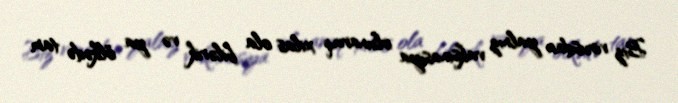
Biz virusdan yalnız vaksinasiya olunaraq xilas ola bilərik və ya ölkədə tam